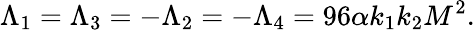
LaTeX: \Lambda_{1}=\Lambda_{3}=-\Lambda_{2}=-\Lambda_{4}=96\alpha k_{1}k_{2}M^{2}.